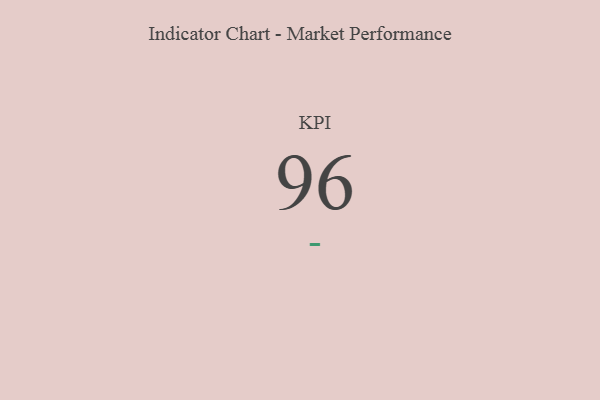
{"axis": {"x": "KPI", "y": "Value"}, "legend": [""], "data": [{"x": "KPI", "y": 96, "type": ""}]}